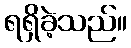
ရရှိခဲ့သည်။